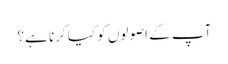
آپ کے اصولوں کو کیا کرنا ہے؟